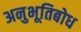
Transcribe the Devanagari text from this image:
अनुभूतिबोध